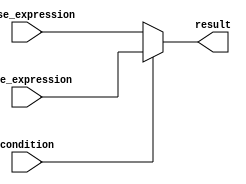
module conditional_operator (
    input wire condition,
    input wire true_expression,
    input wire false_expression,
    output reg result
);

always @(*) begin
    result = (condition) ? true_expression : false_expression;
end

endmodule